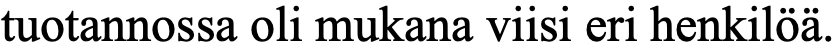
tuotannossa oli mukana viisi eri henkilöä.